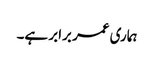
ہماری عمر برابر ہے۔